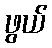
ဖွယ်